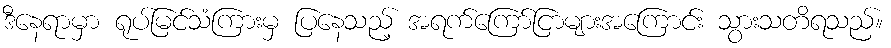
ဒီနေရာမှာ ရုပ်မြင်သံကြားမှ ပြနေသည့် အရက်ကြော်ငြာများအကြောင်း သွားသတိရသည်။